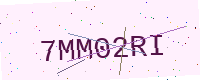
Text: 7MM02RI